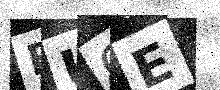
Text: BUCE